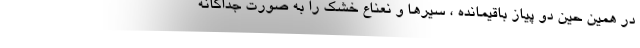
در همین حین دو پیاز باقیمانده ، سیرها و نعناع خشک را به صورت جداگانه